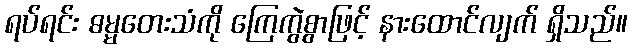
ရပ်ရင်း ဓမ္မတေးသံကို ကြေကွဲစွာဖြင့် နားထောင်လျက် ရှိသည်။